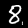
Label: 8